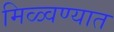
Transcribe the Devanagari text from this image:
मिळ्वण्यात